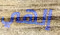
إلهي